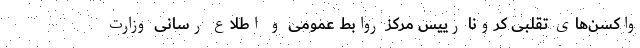
واکسن‌‌های تقلبی کرونا رییس مرکز روابط عمومی و اطلاع رسانی وزارت